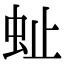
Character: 𧉀